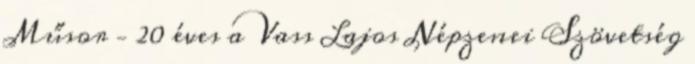
Műsor – 20 éves a Vass Lajos Népzenei Szövetség